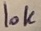
Text: 10K